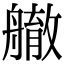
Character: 䒆